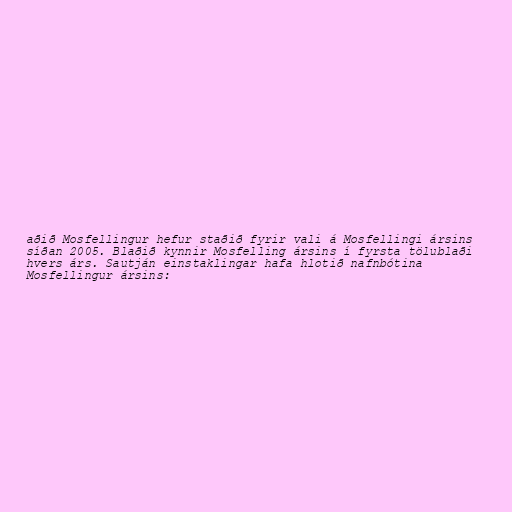
aðið Mosfellingur hefur staðið fyrir vali á Mosfellingi ársins
síðan 2005. Blaðið kynnir Mosfelling ársins í fyrsta tölublaði
hvers árs. Sautján einstaklingar hafa hlotið nafnbótina
Mosfellingur ársins: